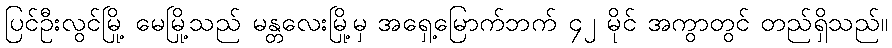
ပြင်ဦးလွင်မြို့ မေမြို့သည် မန္တလေးမြို့မှ အရှေ့မြောက်ဘက် ၄၂ မိုင် အကွာတွင် တည်ရှိသည်။